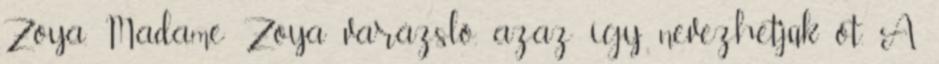
Zoya. Madame Zoya varázsló, azaz így nevezhetjük őt. A